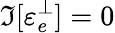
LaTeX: \Im[\varepsilon_{e}^{\perp}]=0